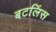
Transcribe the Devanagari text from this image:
बटलिंस